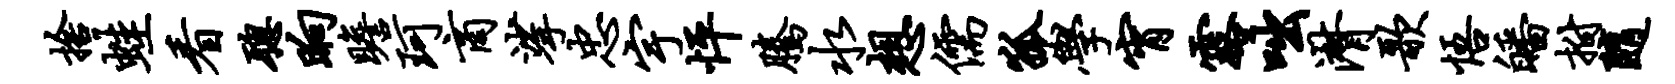
舍蛙看聪晌瞻珂商挲忠宇怦腾水想儒狐学宵露咄潸歌悟皤拊随